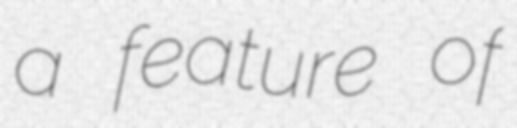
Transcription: a feature of